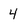
Character: 4